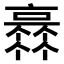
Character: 𠆏